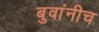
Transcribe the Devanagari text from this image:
बुवांनीच